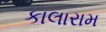
કાલારામ